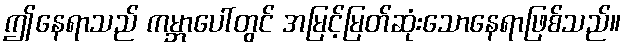
ဤနေရာသည် ကမ္ဘာပေါ်တွင် အမြင့်မြတ်ဆုံးသောနေရာဖြစ်သည်။